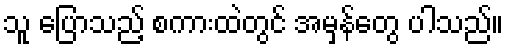
သူ ပြောသည့် စကားထဲတွင် အမှန်တွေ ပါသည်။